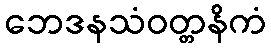
ဘေဒနသံဝတ္တနိကံ